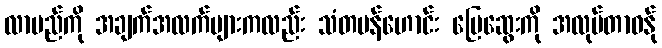
လာမည်ကို အချက်အလက်များကလည်း သံတမန်ဟောင်း မြေဆွေးကို အလုပ်တာဝန်ု